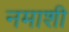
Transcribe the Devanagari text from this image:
नमाशी